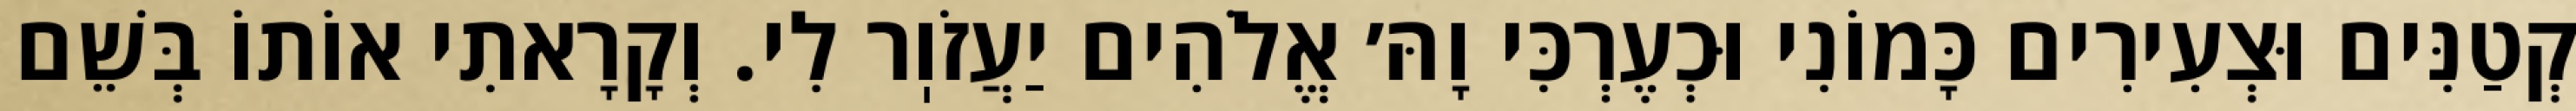
קְטַנִּים וּצְעִירִים כָּמוֹנִי וּכְעֶרְכִּי וָהּ׳ אֱלֹהִים יַעֲזֹוֽר לִי. וְקָרָאתִי אוֹתוֹ בְּשֵׁם